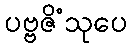
ပဗ္ဗဇိံသုပေ